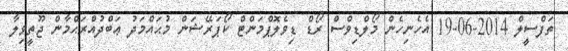
ތަފްސީލް 2014-06-19 އެހެނިހެން މޯލްޑިވްސް ރޯޑް ޑިވެލޮޕްމަންޓް ކޯޕަރޭޝަން މުޙައްމަދު ޢަބްދުއްރަޙްމާން ޖޫތީވިލާ